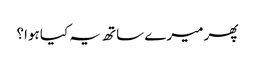
پھر میرے ساتھ یہ کیا ہوا؟